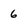
Character: 6